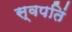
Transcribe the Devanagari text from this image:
स्वपतिं